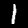
Label: 1